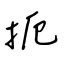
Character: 扼